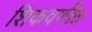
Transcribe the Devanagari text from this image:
शिकवणी७